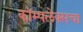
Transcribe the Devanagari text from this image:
कॉम्पलेक्सचा